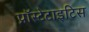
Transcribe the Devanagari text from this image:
प्रॉस्टेटाइटिस